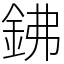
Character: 鉘